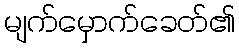
မျက်မှောက်ခေတ်၏